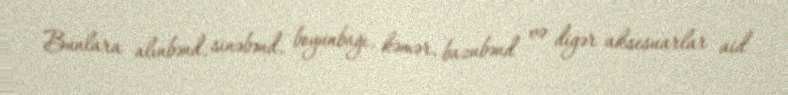
Bunlara alınbənd, sinəbənd, boyunbağı, kəmər, bazubənd və digər aksesuarlar aid